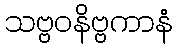
သဗ္ဗဝနိဗ္ဗကာနံ